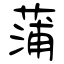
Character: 蒲